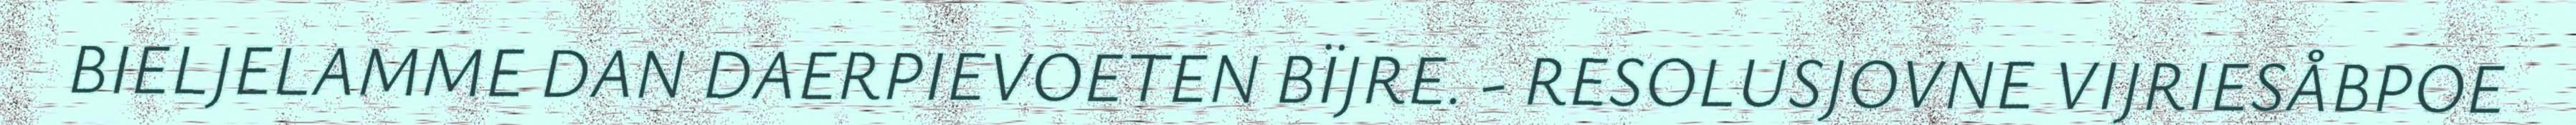
BIELJELAMME DAN DAERPIEVOETEN BÏJRE. - RESOLUSJOVNE VIJRIESÅBPOE